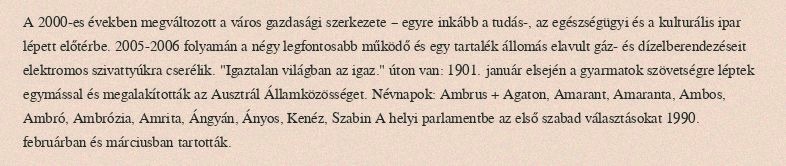
A 2000-es években megváltozott a város gazdasági szerkezete – egyre inkább a tudás-, az egészségügyi és a kulturális ipar lépett előtérbe. 2005-2006 folyamán a négy legfontosabb működő és egy tartalék állomás elavult gáz- és dízelberendezéseit elektromos szivattyúkra cserélik. "Igaztalan világban az igaz." úton van: 1901. január elsején a gyarmatok szövetségre léptek egymással és megalakították az Ausztrál Államközösséget. Névnapok: Ambrus + Agaton, Amarant, Amaranta, Ambos, Ambró, Ambrózia, Amrita, Ángyán, Ányos, Kenéz, Szabin A helyi parlamentbe az első szabad választásokat 1990. februárban és márciusban tartották.